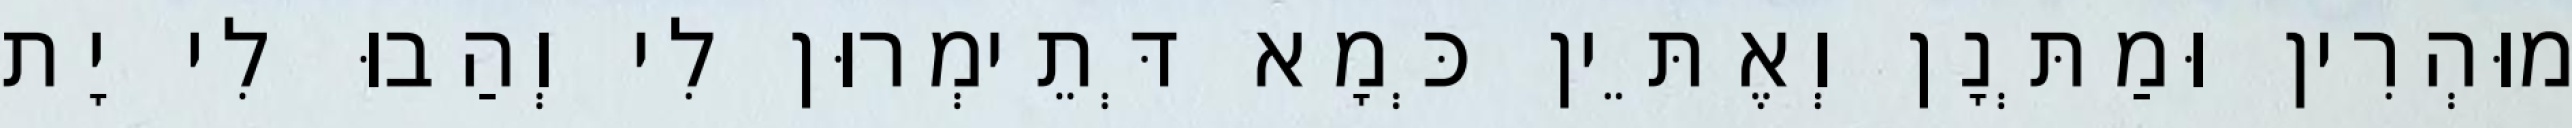
מוּהְרִין וּמַתְּנָן וְאֶתֵּין כְּמָא דְּתֵימְרוּן לִי וְהַבוּ לִי יָת